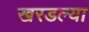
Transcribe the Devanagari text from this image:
खरडल्या